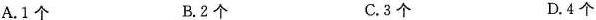
A.1个 B.2个 C.3个 D.4个